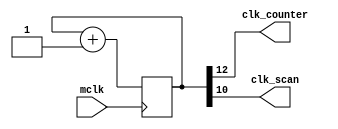
module clkdiv(
    mclk,
    clk_counter,
    clk_scan
);

input mclk;

output clk_counter;
output clk_scan;

reg [26:0] q;

always @(posedge mclk)
begin
    q <= q + 1'b1;
end

assign clk_counter = q[12]; //10000Hz
assign clk_scan = q[10];

endmodule